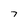
Character: 7